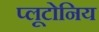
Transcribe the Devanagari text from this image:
प्लूटोनिय